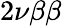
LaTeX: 2\nu\beta\beta